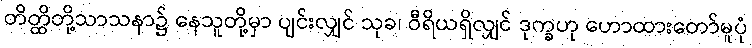
တိတ္ထိတို့သာသနာ၌ နေသူတို့မှာ ပျင်းလျှင် သုခ၊ ဝီရိယရှိလျှင် ဒုက္ခဟု ဟောထားတော်မူပုံ